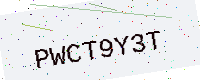
Text: PWCT9Y3T